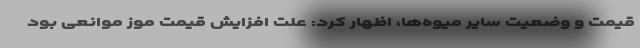
قیمت و وضعیت سایر میوه‌ها، اظهار کرد: علت افزایش قیمت موز موانعی بود